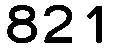
821